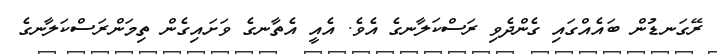
ރޭގަނޑުން ބައެއްގައި ގެންދެވި ރަސްކަލާނގެ އެވެ. އެއީ އެތާނގެ ވަށައިގެން ތިމަންރަސްކަލާނގެ